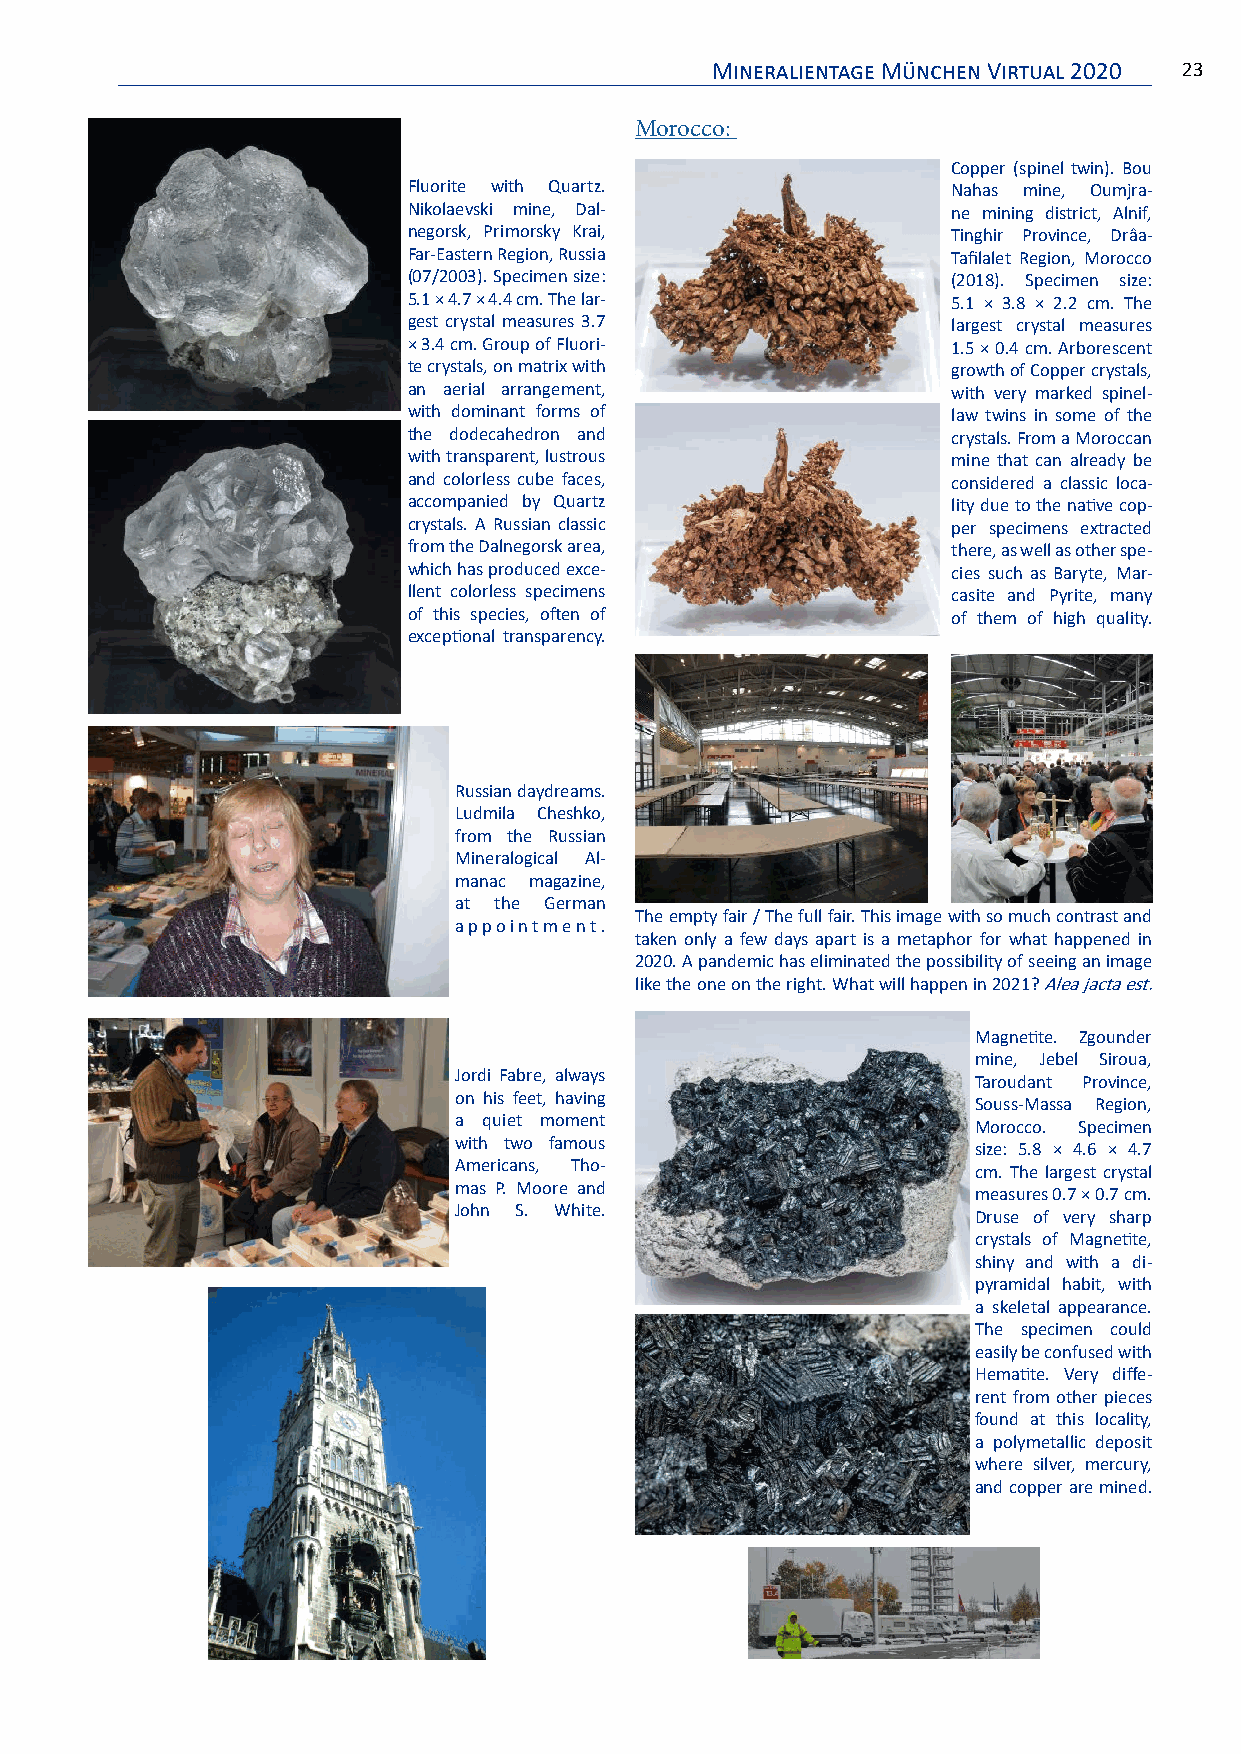
Mineralientage München Virtual 2020 23
 Morocco:
 Copper (spinel twin). Bou
 Fluorite with Quartz.               Nahas mine, Oumjra-
 Nikolaevski mine, Dal-              ne mining district, Alnif,
 negorsk, Primorsky Krai,            Tinghir Province, Drâa-
 Far-Eastern Region, Russia          Tafilalet Region, Morocco
 (07/2003). Specimen size:           (2018). Specimen size:
 5.1 × 4.7 × 4.4 cm. The lar-        5.1 × 3.8 × 2.2 cm. The
 gest crystal measures 3.7           largest crystal measures
 × 3.4 cm. Group of Fluori-          1.5 × 0.4 cm. Arborescent
 te crystals, on matrix with         growth of Copper crystals,
 an aerial arrangement,              with very marked spinel-
 with dominant forms of              law twins in some of the
 the dodecahedron and                crystals. From a Moroccan
 with transparent, lustrous          mine that can already be
 and colorless cube faces,           considered a classic loca-
 accompanied by Quartz               lity due to the native cop-
 crystals. A Russian classic         per specimens extracted
 from the Dalnegorsk area,           there, as well as other spe-
 which has produced exce-            cies such as Baryte, Mar-
 llent colorless specimens           casite and Pyrite, many
 of this species, often of           of them of high quality.
 exceptional transparency.
 Russian daydreams.
 Ludmila Cheshko,
 from the Russian
 Mineralogical Al-
 manac magazine,
 at the German
 The empty fair / The full fair. This image with so much contrast and
 appointment.
 taken only a few days apart is a metaphor for what happened in
 2020. A pandemic has eliminated the possibility of seeing an image
 like the one on the right. What will happen in 2021? Alea jacta est.
 Magnetite. Zgounder
 mine, Jebel Siroua,
 Jordi Fabre, always
 Taroudant Province,
 on his feet, having
 Souss-Massa Region,
 a quiet moment
 Morocco. Specimen
 with two famous
 size: 5.8 × 4.6 × 4.7
 Americans, Tho-
 cm. The largest crystal
 mas P. Moore and
 measures 0.7 × 0.7 cm.
 John S. White.
 Druse of very sharp
 crystals of Magnetite,
 shiny and with a di-
 pyramidal habit, with
 a skeletal appearance.
 The specimen could
 easily be confused with
 Hematite. Very diffe-
 rent from other pieces
 found at this locality,
 a polymetallic deposit
 where silver, mercury,
 and copper are mined.